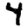
Digit: 4